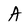
Character: A